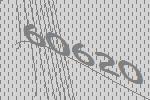
60620